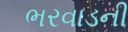
ભરવાડની